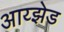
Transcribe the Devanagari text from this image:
आय्झेड